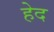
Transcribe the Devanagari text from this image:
हेद